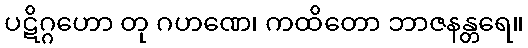
ပဋိဂ္ဂဟော တု ဂဟဏေ၊ ကထိတော ဘာဇနန္တရေ။